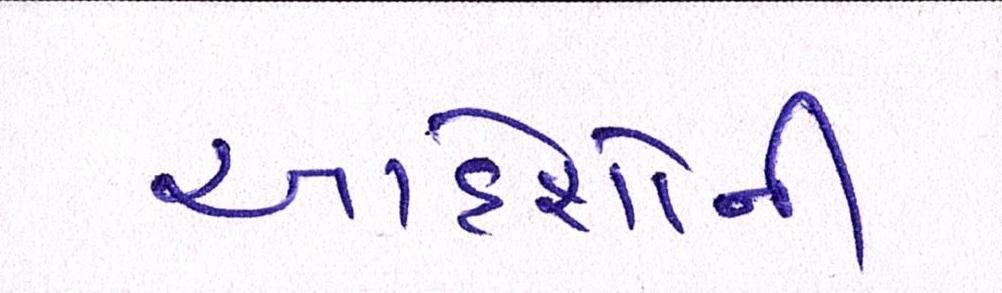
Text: આદેશોની